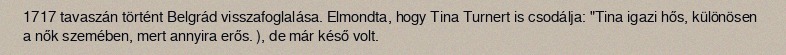
1717 tavaszán történt Belgrád visszafoglalása. Elmondta, hogy Tina Turnert is csodálja: "Tina igazi hős, különösen a nők szemében, mert annyira erős. ), de már késő volt.